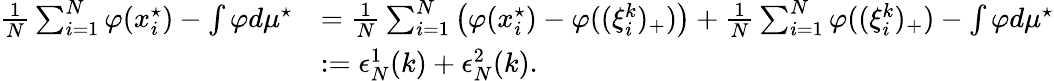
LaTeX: \begin{array}{rl}{\frac 1N\sum_{i=1}^{N}\varphi(x_{i}^{\star})-\int\varphi d\mu^{\star}}&{=\frac 1N\sum_{i=1}^{N}\left(\varphi(x_{i}^{\star})-\varphi((\xi_{i}^{k})_{+})\right)+\frac 1N\sum_{i=1}^{N}\varphi((\xi_{i}^{k})_{+})-\int\varphi d\mu^{\star}}\\ &{:=\epsilon_{N}^{1}(k)+\epsilon_{N}^{2}(k).}\end{array}